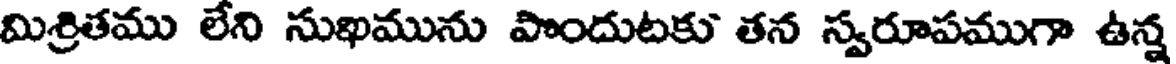
మిశ్రితము లేని సుఖమును పొందుటకు తన స్వరూపముగా ఉన్న